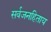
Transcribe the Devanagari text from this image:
सर्वजनहिताय